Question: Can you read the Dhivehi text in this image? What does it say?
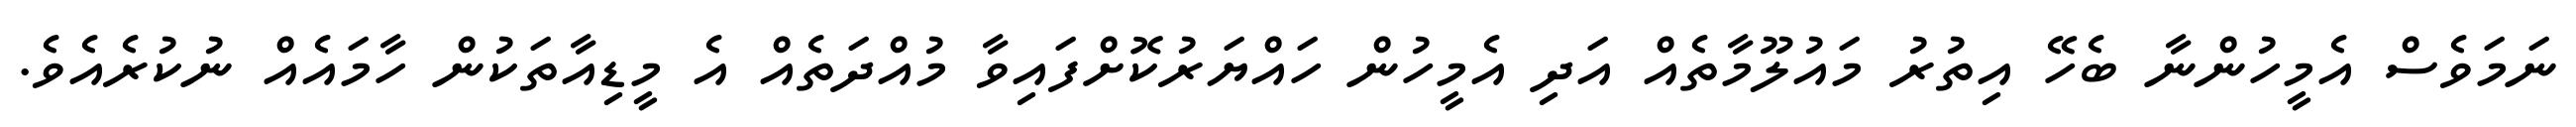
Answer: ނަމަވެސް އެމީހުންނާ ބެހޭ އިތުރު މައުލޫމާތެއް އަދި އެމީހުން ހައްޔަރުކޮށްފައިވާ މުއްދަތެއް އެ މީޑިއާތަކުން ހާމައެއް ނުކުރެއެވެ.